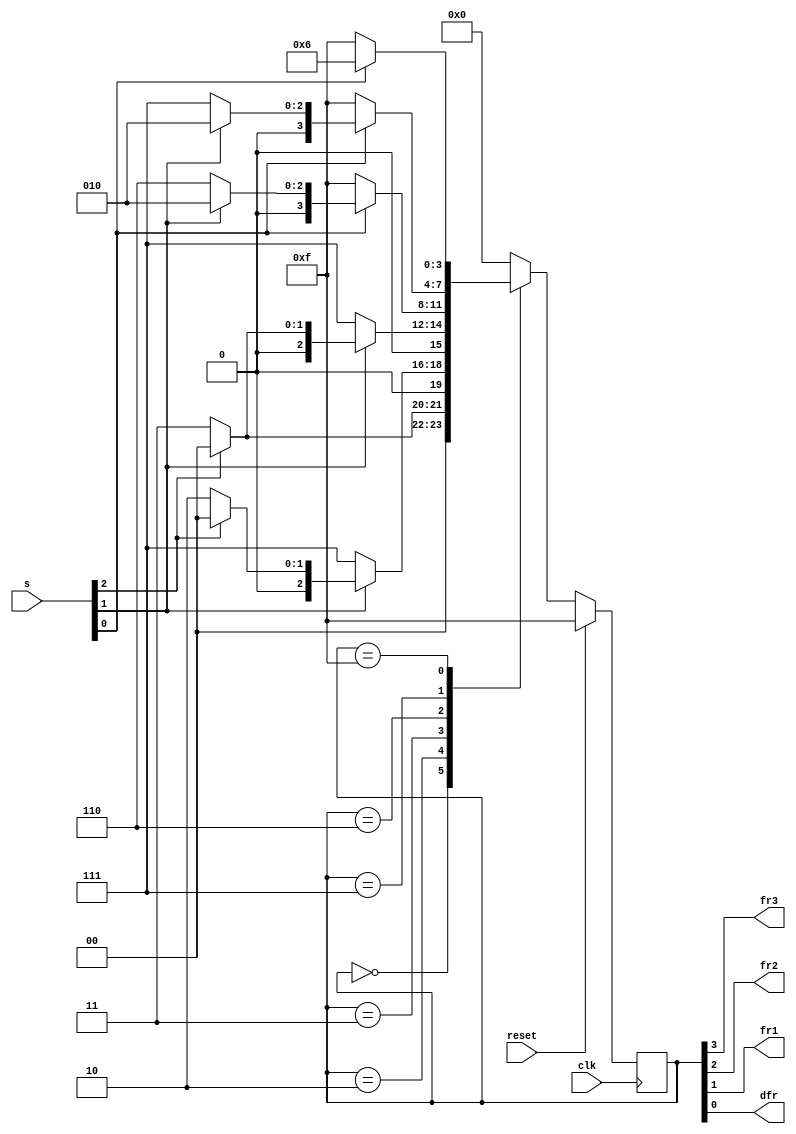
module top_module (
    input clk,
    input reset,
    input [3:1] s,
    output fr3,
    output fr2,
    output fr1,
    output dfr
);
    
    parameter A = 4'b0000, B = 4'b0010, C = 4'b0011, D = 4'b0110, E = 4'b0111, F = 4'b1111;
    reg  [3:0] state, next_state;
    
    always @(*) begin
        case (state)
            A: next_state = (s[3] == 1'b0 ? C : A);
            B: next_state = (s[2] == 1'b0 ? E : (s[3] == 1'b1 ? A : B));
            C: next_state = (s[2] == 1'b0 ? E : (s[3] == 1'b1 ? A : C));
            D: next_state = (s[1] == 1'b0 ? F : (s[2] == 1'b1 ? B : D));
            E: next_state = (s[1] == 1'b0 ? F : (s[2] == 1'b1 ? B : E));
            F: next_state = (s[1] == 1'b1 ? D : F);
            default: next_state = 4'b0000;
        endcase
    end
    
    always @(posedge clk) begin
        if (reset == 1'b1) begin
            state <= 4'b1111;
        end
        else begin
            state <= next_state;
        end
    end
    
    assign {fr3, fr2, fr1, dfr} = state;

endmodule